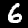
Label: 6